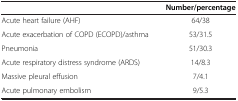
|  | Number/percentage |
 | --- | --- |
 | Acute heart failure (AHF) | 64/38 |
 | Acute exacerbation of COPD (ECOPD)/asthma | 53/31.5 |
 | Pneumonia | 51/30.3 |
 | Acute respiratory distress syndrome (ARDS) | 14/8.3 |
 | Massive pleural effusion | 7/4.1 |
 | Acute pulmonary embolism | 9/5.3 |